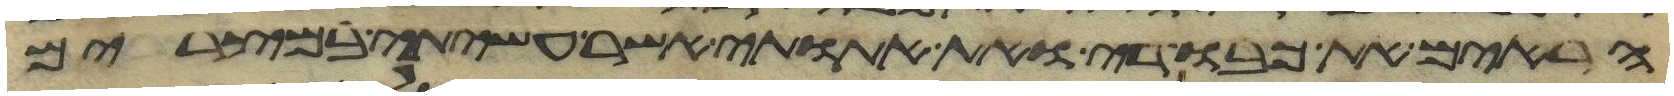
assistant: הראים את כבודי ואת אתותי אשר עשיתי במצרים